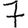
Digit: 7